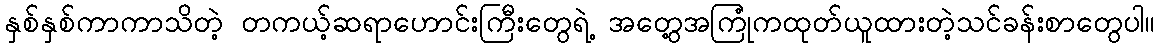
နှစ်နှစ်ကာကာသိတဲ့ တကယ့်ဆရာဟောင်းကြီးတွေရဲ့ အတွေ့အကြုံကထုတ်ယူထားတဲ့သင်ခန်းစာတွေပါ။